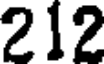
212